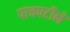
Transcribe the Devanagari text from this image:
पाचपटीने